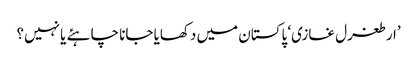
’ارطغرل غازی‘ پاکستان میں دکھایا جانا چاہئے یا نہیں؟